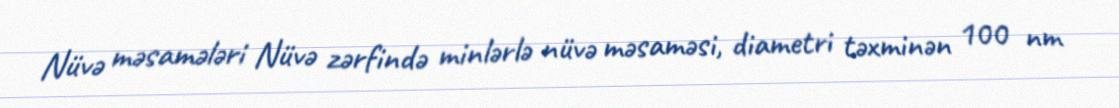
Nüvə məsamələri Nüvə zərfində minlərlə nüvə məsaməsi, diametri təxminən 100 nm